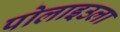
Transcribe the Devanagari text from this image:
पोलाइउला